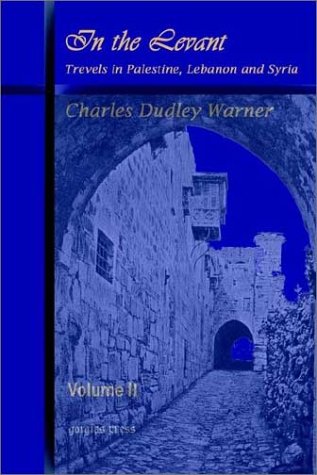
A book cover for In the Levant, Travels in Palestine, Lebanon and Syria (Volume 2); Charles Dudley Warner; Travel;